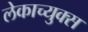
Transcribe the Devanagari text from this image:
लेकाच्युक्स